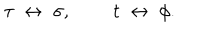
LaTeX: \tau \; \leftrightarrow \; \sigma , \; \; t \; \leftrightarrow \; \phi .